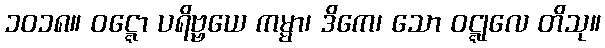
၁၀၁၈။ ဝဋ္ဋော ပရိဗ္ဗယေ ကမ္မာ၊ ဒိကေ၊ သော ဝဋ္ဋုလေ တိသု။